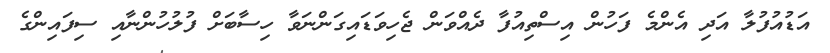
އަޑުއުފުލާ އަދި އެންމެ ފަހުން އިސްތިއުފާ ދެއްވަން ޖެހިވަޑައިގަންނަވާ ހިސާބަށް ފުލުހުންނާއި ސިފައިންގެ